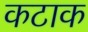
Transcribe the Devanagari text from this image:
कटाक